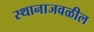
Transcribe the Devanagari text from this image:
स्थानाजवळील